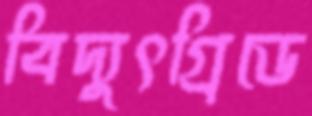
বিদ্যুৎগ্রিডে